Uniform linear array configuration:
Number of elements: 16
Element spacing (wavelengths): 0.75
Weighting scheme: hann
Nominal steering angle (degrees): -60
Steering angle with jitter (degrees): -59.555
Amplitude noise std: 0.05
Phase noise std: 0.05

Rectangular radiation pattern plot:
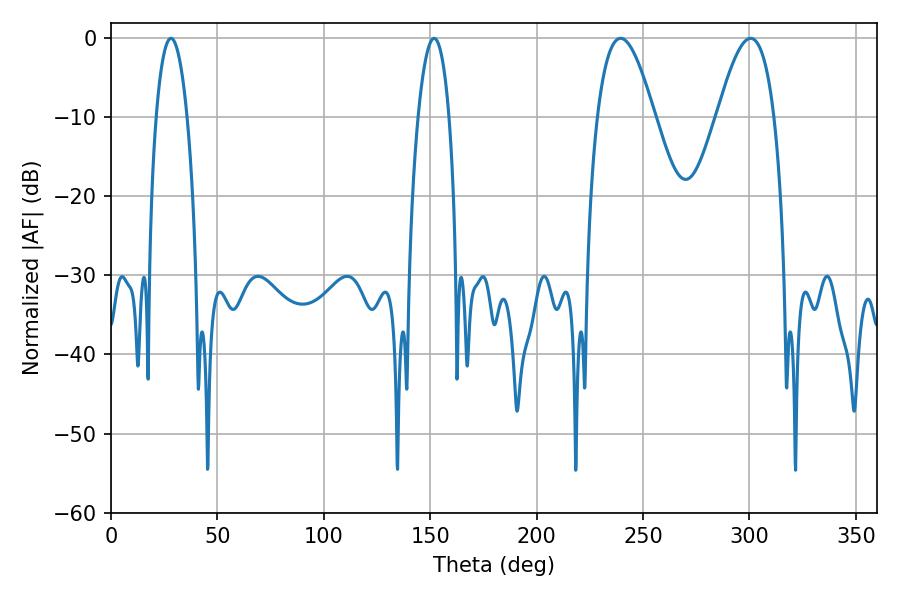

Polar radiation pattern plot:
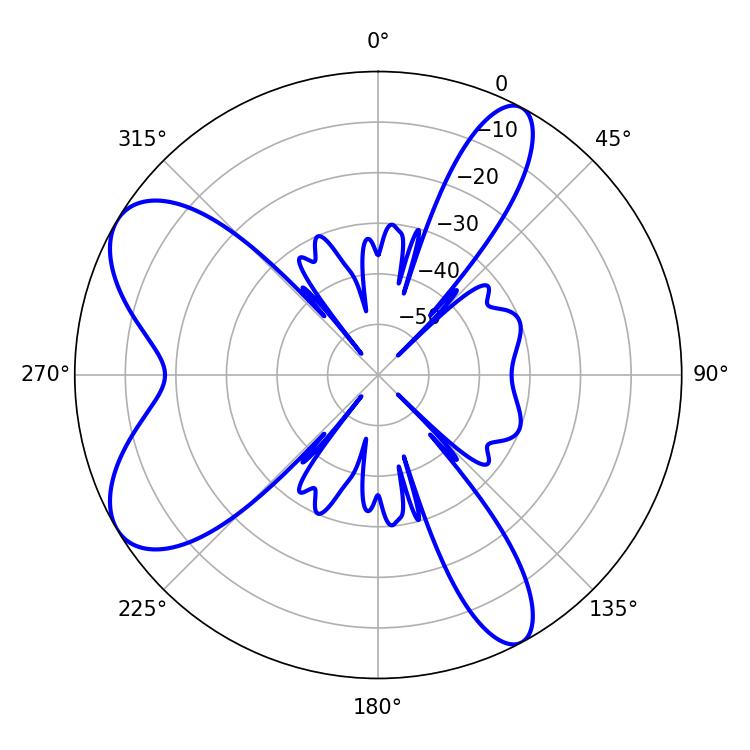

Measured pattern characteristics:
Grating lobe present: TRUE
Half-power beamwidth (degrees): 14.58
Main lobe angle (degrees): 239.4